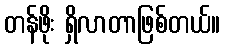
တန်ဖိုး ရှိလာတာဖြစ်တယ်။